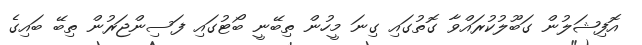
އޮފިޝަލުން ގަބޫލުކުރައްވާ ގޮތުގައި ގިނަ މީހުން ތިބޭނީ ބޯޓުގައި ފަސިންޖަރުން ތިބޭ ބައިގެ